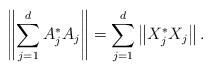
LaTeX: \begin{align*}\left\|\sum\limits_{j=1}^d A_{j}^*A_{j}\right\|=\sum\limits_{j=1}^d\left\|X_{j}^*X_{j}\right\|.\end{align*}